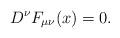
LaTeX: \begin{align*}D^\nu F_{\mu\nu}(x) = 0.\end{align*}